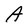
Character: A